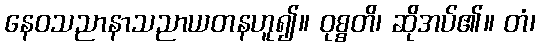
နေဝသညာနာသညာယတနဟူ၍။ ဝုစ္စတိ၊ ဆိုအပ်၏။ တံ၊